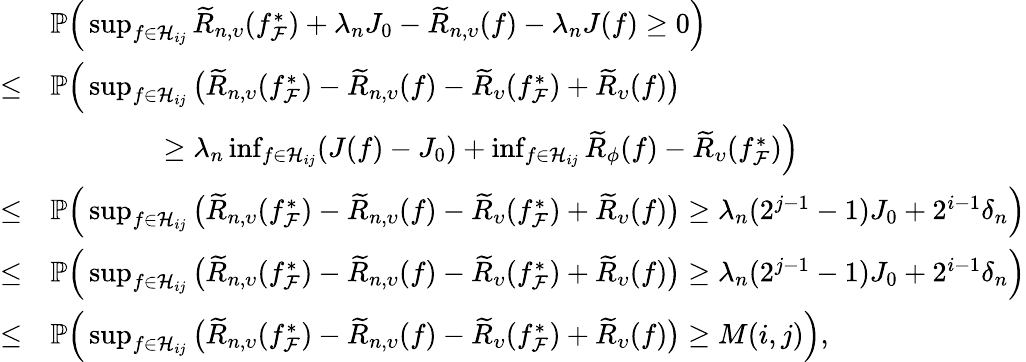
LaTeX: \begin{array}{rl}&{\mathbb{P}\Big(\operatorname*{sup}_{f\in\mathcal{H}_{ij}}\widetilde{R}_{n,\upsilon}(f_{\mathcal{F}}^{*})+\lambda_{n}J_{0}-\widetilde{R}_{n,\upsilon}(f)-\lambda_{n}J(f)\geq 0\Big)}\\ {\leq}&{\mathbb{P}\Big(\operatorname*{sup}_{f\in\mathcal{H}_{ij}}\big(\widetilde{R}_{n,\upsilon}(f_{\mathcal{F}}^{*})-\widetilde{R}_{n,\upsilon}(f)-\widetilde{R}_{\upsilon}(f_{\mathcal{F}}^{*})+\widetilde{R}_{\upsilon}(f)\big)}\\ &{\qquad\qquad\geq\lambda_{n}\operatorname*{inf}_{f\in\mathcal{H}_{ij}}(J(f)-J_{0})+\operatorname*{inf}_{f\in\mathcal{H}_{ij}}\widetilde{R}_{\phi}(f)-\widetilde{R}_{\upsilon}(f_{\mathcal{F}}^{*})\Big)}\\ {\leq}&{\mathbb{P}\Big(\operatorname*{sup}_{f\in\mathcal{H}_{ij}}\big(\widetilde{R}_{n,\upsilon}(f_{\mathcal{F}}^{*})-\widetilde{R}_{n,\upsilon}(f)-\widetilde{R}_{\upsilon}(f_{\mathcal{F}}^{*})+\widetilde{R}_{\upsilon}(f)\big)\geq\lambda_{n}(2^{j-1}-1)J_{0}+2^{i-1}\delta_{n}\Big)}\\ {\leq}&{\mathbb{P}\Big(\operatorname*{sup}_{f\in\mathcal{H}_{ij}}\big(\widetilde{R}_{n,\upsilon}(f_{\mathcal{F}}^{*})-\widetilde{R}_{n,\upsilon}(f)-\widetilde{R}_{\upsilon}(f_{\mathcal{F}}^{*})+\widetilde{R}_{\upsilon}(f)\big)\geq\lambda_{n}(2^{j-1}-1)J_{0}+2^{i-1}\delta_{n}\Big)}\\ {\leq}&{\mathbb{P}\Big(\operatorname*{sup}_{f\in\mathcal{H}_{ij}}\big(\widetilde{R}_{n,\upsilon}(f_{\mathcal{F}}^{*})-\widetilde{R}_{n,\upsilon}(f)-\widetilde{R}_{\upsilon}(f_{\mathcal{F}}^{*})+\widetilde{R}_{\upsilon}(f)\big)\geq M(i,j)\Big),}\end{array}